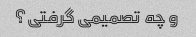
و چه تصمیمی گرفتی؟